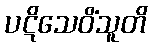
ပဋိသေဝိံသူတိ